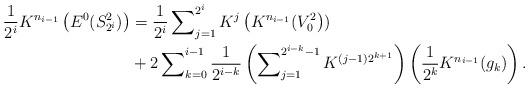
LaTeX: \begin{align*}\frac{1}{2^{i}}K^{n_{i-1}}\left( E^{0}(S_{2^{i}}^{2})\right) & =\frac{1}{2^{i}}\sum\nolimits_{j=1}^{2^{i}}K^{j}\left( K^{n_{i-1}}(V_{0}^{2}\right) )\\& +2\sum\nolimits_{k=0}^{i-1}\frac{1}{2^{i-k}}\left( \sum\nolimits_{j=1}^{2^{i-k}-1}K^{(j-1)2^{k+1}}\right) \left( \frac{1}{2^{k}}K^{n_{i-1}}(g_{k})\right) .\end{align*}